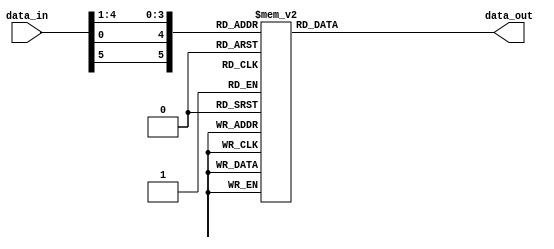
`timescale 1ns / 1ps
//////////////////////////////////////////////////////////////////////////////////
// Company: 
// Engineer: 
// 
// Design Name: 
// Module Name:    SBox3 
// Project Name: 
// Target Devices: 
// Tool versions: 
// Description: 
//
// Dependencies: 
//
// Revision: 
// Revision 0.01 - File Created
// Additional Comments: 
//
//////////////////////////////////////////////////////////////////////////////////
module SBox3(
    input [1:6] data_in,
    output reg [1:4] data_out
    );

always @(data_in)
begin
	case({data_in[1],data_in[6],data_in[2:5]})
		6'd0 : data_out  = 4'd10;
		6'd1 : data_out  = 4'd0;
		6'd2 : data_out  = 4'd9;
		6'd3 : data_out  = 4'd14;
		6'd4 : data_out  = 4'd6;
		6'd5 : data_out  = 4'd3;
		6'd6 : data_out  = 4'd15;
		6'd7 : data_out  = 4'd5;
		6'd8 : data_out  = 4'd1;
		6'd9 : data_out  = 4'd13;
		6'd10 : data_out = 4'd12;
		6'd11 : data_out = 4'd7;
		6'd12 : data_out = 4'd11;
		6'd13 : data_out = 4'd4;
		6'd14 : data_out = 4'd2;
		6'd15 : data_out = 4'd8;
		6'd16 : data_out = 4'd13;
		6'd17 : data_out = 4'd7;
		6'd18 : data_out = 4'd0;
		6'd19 : data_out = 4'd9;
		6'd20 : data_out = 4'd3;
		6'd21 : data_out = 4'd4;
		6'd22 : data_out = 4'd6;
		6'd23 : data_out = 4'd10;
		6'd24 : data_out = 4'd2;
		6'd25 : data_out = 4'd8;
		6'd26 : data_out = 4'd5;
		6'd27 : data_out = 4'd14;
		6'd28 : data_out = 4'd12;
		6'd29 : data_out = 4'd11;
		6'd30 : data_out = 4'd15;
		6'd31 : data_out = 4'd1;
		6'd32 : data_out = 4'd13;
		6'd33 : data_out = 4'd6;
		6'd34 : data_out = 4'd4;
		6'd35 : data_out = 4'd9;
		6'd36 : data_out = 4'd8;
		6'd37 : data_out = 4'd15;
		6'd38 : data_out = 4'd3;
		6'd39 : data_out = 4'd0;
		6'd40 : data_out = 4'd11;
		6'd41 : data_out = 4'd1;
		6'd42 : data_out = 4'd2;
		6'd43 : data_out = 4'd12;
		6'd44 : data_out = 4'd5;
		6'd45 : data_out = 4'd10;
		6'd46 : data_out = 4'd14;
		6'd47 : data_out = 4'd7;
		6'd48 : data_out = 4'd1;
		6'd49 : data_out = 4'd10;
		6'd50 : data_out = 4'd13;
		6'd51 : data_out = 4'd0;
		6'd52 : data_out = 4'd6;
		6'd53 : data_out = 4'd9;
		6'd54 : data_out = 4'd8;
		6'd55 : data_out = 4'd7;
		6'd56 : data_out = 4'd4;
		6'd57 : data_out = 4'd15;
		6'd58 : data_out = 4'd14;
		6'd59 : data_out = 4'd3;
		6'd60 : data_out = 4'd11;
		6'd61 : data_out = 4'd5;
		6'd62 : data_out = 4'd2;
		6'd63 : data_out = 4'd12;
	endcase
end

endmodule